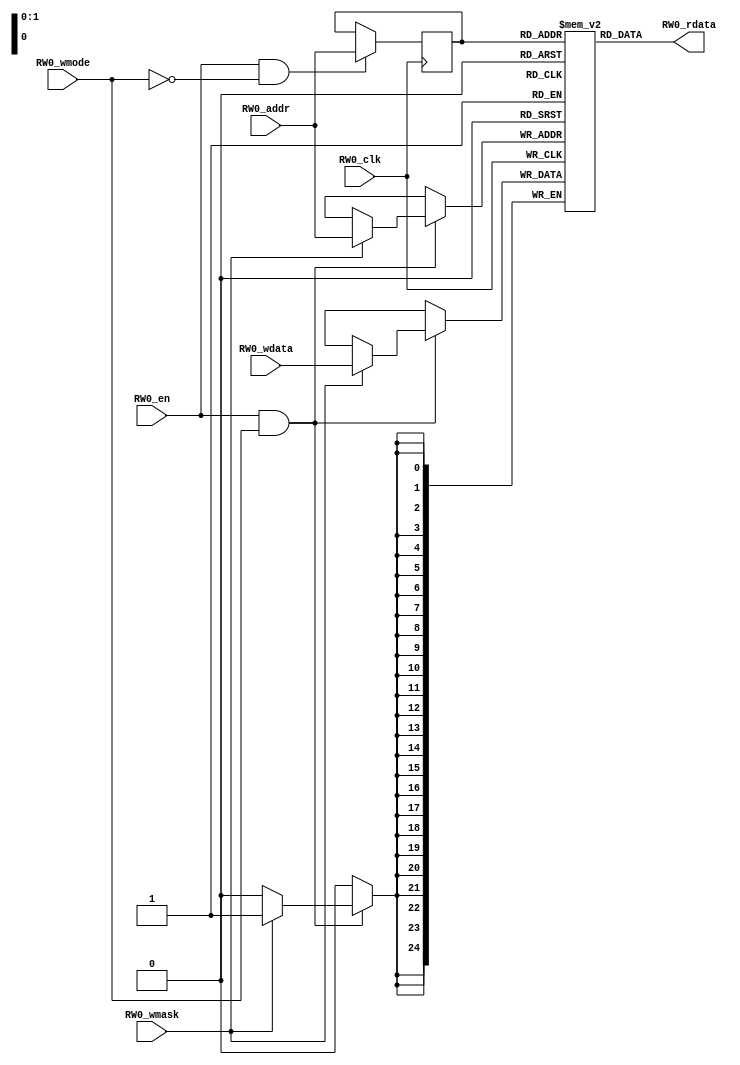
module tag_array_ext(
  input RW0_clk,
  input [1:0] RW0_addr,
  input RW0_en,
  input RW0_wmode,
  input [0:0] RW0_wmask,
  input [24:0] RW0_wdata,
  output [24:0] RW0_rdata
);

  reg reg_RW0_ren;
  reg [1:0] reg_RW0_addr;
  reg [24:0] ram [3:0];
  `ifdef RANDOMIZE_MEM_INIT
    integer initvar;
    initial begin
      #`RANDOMIZE_DELAY begin end
      for (initvar = 0; initvar < 4; initvar = initvar+1)
        ram[initvar] = {1 {$random}};
      reg_RW0_addr = {1 {$random}};
    end
  `endif
  integer i;
  always @(posedge RW0_clk)
    reg_RW0_ren <= RW0_en && !RW0_wmode;
  always @(posedge RW0_clk)
    if (RW0_en && !RW0_wmode) reg_RW0_addr <= RW0_addr;
  always @(posedge RW0_clk)
    if (RW0_en && RW0_wmode) begin
      for(i=0;i<1;i=i+1) begin
        if(RW0_wmask[i]) begin
          ram[RW0_addr][i*25 +: 25] <= RW0_wdata[i*25 +: 25];
        end
      end
    end
  `ifdef RANDOMIZE_GARBAGE_ASSIGN
  reg [31:0] RW0_random;
  `ifdef RANDOMIZE_MEM_INIT
    initial begin
      #`RANDOMIZE_DELAY begin end
      RW0_random = {$random};
      reg_RW0_ren = RW0_random[0];
    end
  `endif
  always @(posedge RW0_clk) RW0_random <= {$random};
  assign RW0_rdata = reg_RW0_ren ? ram[reg_RW0_addr] : RW0_random[24:0];
  `else
  assign RW0_rdata = ram[reg_RW0_addr];
  `endif

endmodule